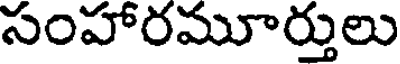
సంహారమూర్తులు